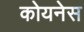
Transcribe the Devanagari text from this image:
कोयनेस